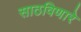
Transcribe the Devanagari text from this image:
साठविणारे